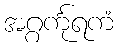
အဂ္ဂင်္ကုရကံ